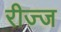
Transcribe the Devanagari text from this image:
रीज्ज